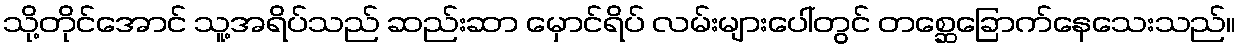
သို့တိုင်အောင် သူ့အရိပ်သည် ဆည်းဆာ မှောင်ရိပ် လမ်းများပေါ်တွင် တစ္ဆေခြောက်နေသေးသည်။